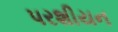
પરશીયન